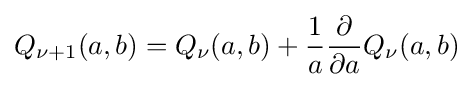
Q_{\nu +1}(a,b)=Q_{\nu }(a,b)+{\frac {1}{a}}{\frac {\partial }{\partial a}}Q_{\nu }(a,b)